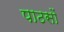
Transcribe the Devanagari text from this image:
पाठसों